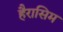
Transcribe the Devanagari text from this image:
हैरासिम